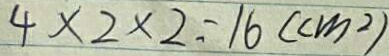
4 \times 2 \times 2 = 1 6 ( c m ^ { 2 } )